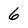
Character: 6